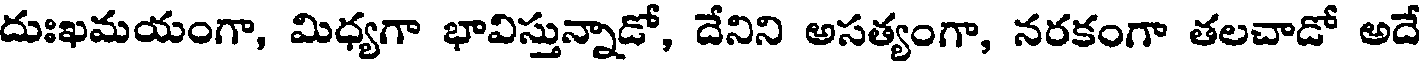
దుఃఖమయంగా, మిధ్యగా భావిస్తున్నాడో, దేనిని అసత్యంగా, నరకంగా తలచాడో అదే